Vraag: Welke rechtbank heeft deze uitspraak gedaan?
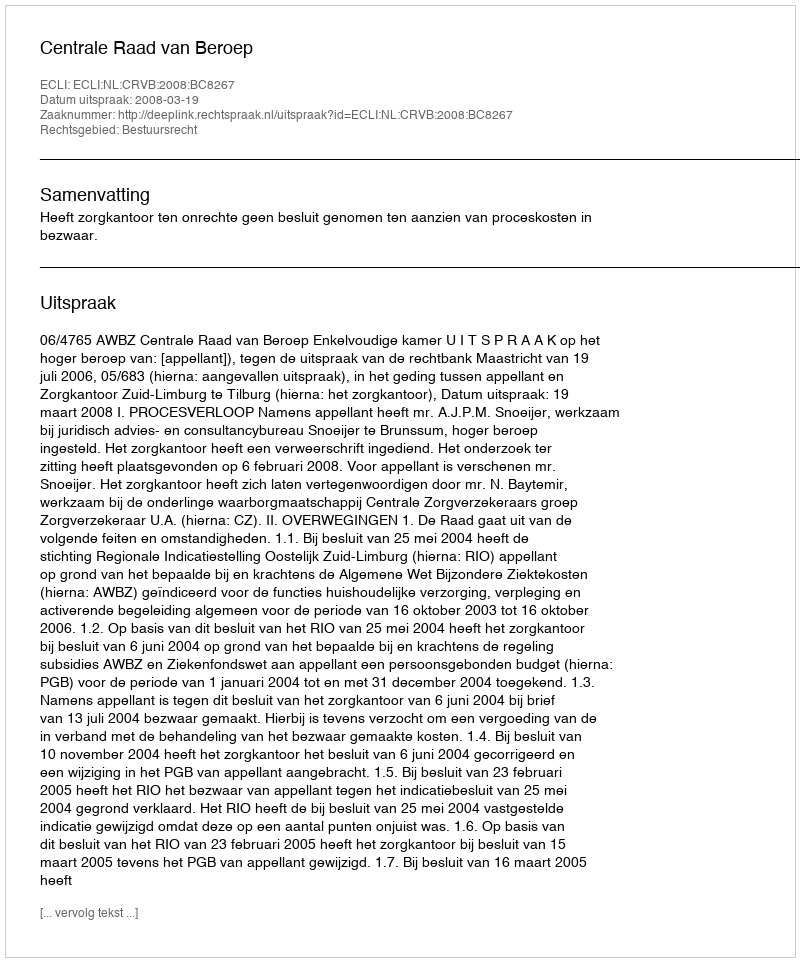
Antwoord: Centrale Raad van Beroep